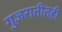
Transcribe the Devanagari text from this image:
गुजरातीतही